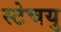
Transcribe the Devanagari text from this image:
स्टेचयु